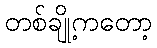
တစ်ချို့ကတော့